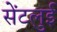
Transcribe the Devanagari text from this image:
सेंटलुई